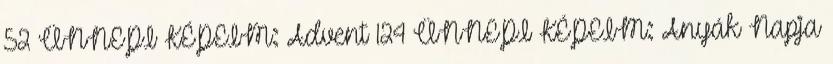
52 ÜNNEPI KÉPEIM: Advent 124 ÜNNEPI KÉPEIM: Anyák Napja